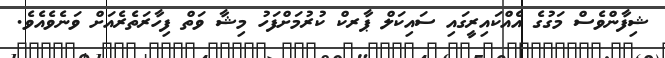
ޝިފާންވެސް މަގުގެ އެއްކައިރީގައި ސައިކަލް ޕާރކް ކުރުމަށްފަހު މިޝާ ވަތް ފިހާރަތެރެއަށް ވަނެވެއެވެ.